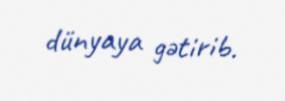
dünyaya gətirib.